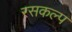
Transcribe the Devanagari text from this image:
रसकल्प